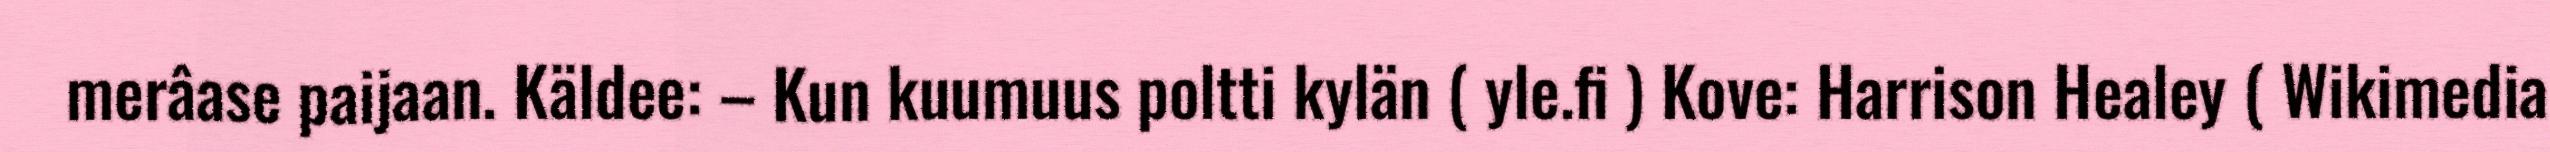
merâase paijaan. Käldee: – Kun kuumuus poltti kylän ( yle.fi ) Kove: Harrison Healey ( Wikimedia